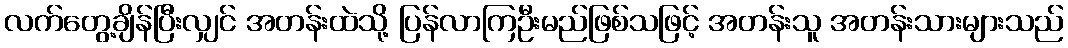
လက်တွေ့ချိန်ပြီးလျှင် အတန်းထဲသို့ ပြန်လာကြဦးမည်ဖြစ်သဖြင့် အတန်းသူ အတန်းသားများသည်